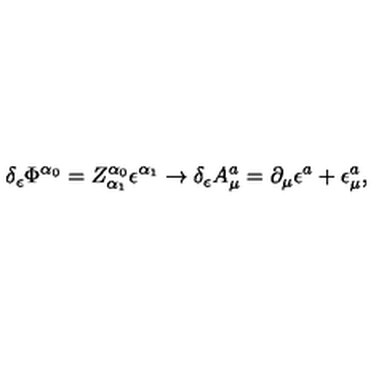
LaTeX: \delta _ { \epsilon } \Phi ^ { \alpha _ { 0 } } = Z _ { \alpha _ { 1 } } ^ { \alpha _ { 0 } } \epsilon ^ { \alpha _ { 1 } } \rightarrow \delta _ { \epsilon } A _ { \mu } ^ { a } = \partial _ { \mu } \epsilon ^ { a } + \epsilon _ { \mu } ^ { a } ,